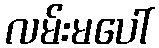
လမ်းမပေါ်